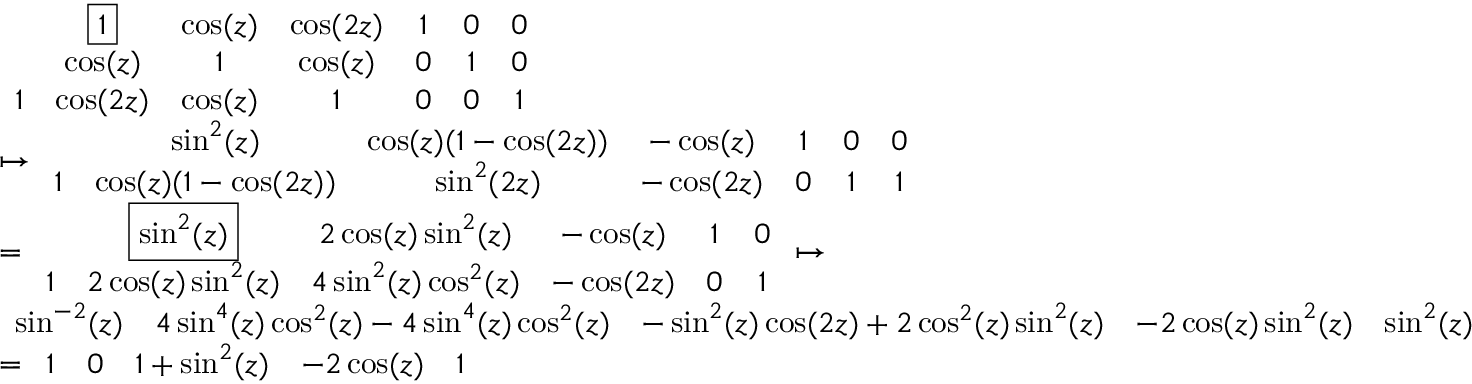
\begin{array} { r l } & { \begin{array} { c c c c c c c } & { \boxed { 1 } } & { \cos ( z ) } & { \cos ( 2 z ) } & { 1 } & { 0 } & { 0 } \\ & { \cos ( z ) } & { 1 } & { \cos ( z ) } & { 0 } & { 1 } & { 0 } \\ { 1 } & { \cos ( 2 z ) } & { \cos ( z ) } & { 1 } & { 0 } & { 0 } & { 1 } \end{array} } \\ & { \mapsto \begin{array} { c c c c c c c } & { \sin ^ { 2 } ( z ) } & { \cos ( z ) ( 1 - \cos ( 2 z ) ) } & { - \cos ( z ) } & { 1 } & { 0 } & { 0 } \\ { 1 } & { \cos ( z ) ( 1 - \cos ( 2 z ) ) } & { \sin ^ { 2 } ( 2 z ) } & { - \cos ( 2 z ) } & { 0 } & { 1 } & { 1 } \end{array} } \\ & { = \begin{array} { c c c c c c } & { \boxed { \sin ^ { 2 } ( z ) } } & { 2 \cos ( z ) \sin ^ { 2 } ( z ) } & { - \cos ( z ) } & { 1 } & { 0 } \\ { 1 } & { 2 \cos ( z ) \sin ^ { 2 } ( z ) } & { 4 \sin ^ { 2 } ( z ) \cos ^ { 2 } ( z ) } & { - \cos ( 2 z ) } & { 0 } & { 1 } \end{array} \mapsto } \\ & { \begin{array} { c c c c c } { \sin ^ { - 2 } ( z ) } & { 4 \sin ^ { 4 } ( z ) \cos ^ { 2 } ( z ) - 4 \sin ^ { 4 } ( z ) \cos ^ { 2 } ( z ) } & { - \sin ^ { 2 } ( z ) \cos ( 2 z ) + 2 \cos ^ { 2 } ( z ) \sin ^ { 2 } ( z ) } & { - 2 \cos ( z ) \sin ^ { 2 } ( z ) } & { \sin ^ { 2 } ( z ) } \end{array} } \\ & { = \begin{array} { c c c c c } { 1 } & { 0 } & { 1 + \sin ^ { 2 } ( z ) } & { - 2 \cos ( z ) } & { 1 } \end{array} } \end{array}